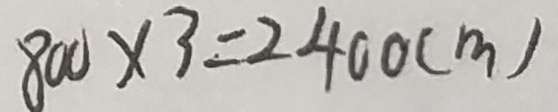
8 0 0 \times 3 = 2 4 0 0 ( m )